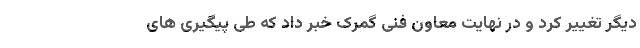
دیگر تغییر کرد و در نهایت معاون فنی گمرک خبر داد که طی پیگیری های